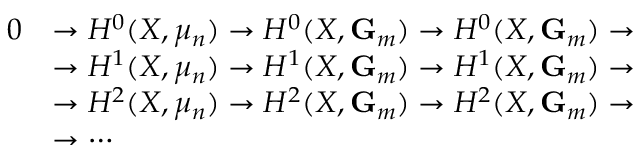
{ \begin{array} { r l } { 0 } & { \to H ^ { 0 } ( X , \mu _ { n } ) \to H ^ { 0 } ( X , \mathbf { G } _ { m } ) \to H ^ { 0 } ( X , \mathbf { G } _ { m } ) \to } \\ & { \to H ^ { 1 } ( X , \mu _ { n } ) \to H ^ { 1 } ( X , \mathbf { G } _ { m } ) \to H ^ { 1 } ( X , \mathbf { G } _ { m } ) \to } \\ & { \to H ^ { 2 } ( X , \mu _ { n } ) \to H ^ { 2 } ( X , \mathbf { G } _ { m } ) \to H ^ { 2 } ( X , \mathbf { G } _ { m } ) \to } \\ & { \to \cdots } \end{array} }